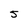
Character: 5